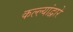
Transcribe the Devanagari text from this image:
कल्ल्यांद्वारे